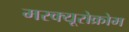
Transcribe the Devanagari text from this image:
मरक्यूरोक्रोम